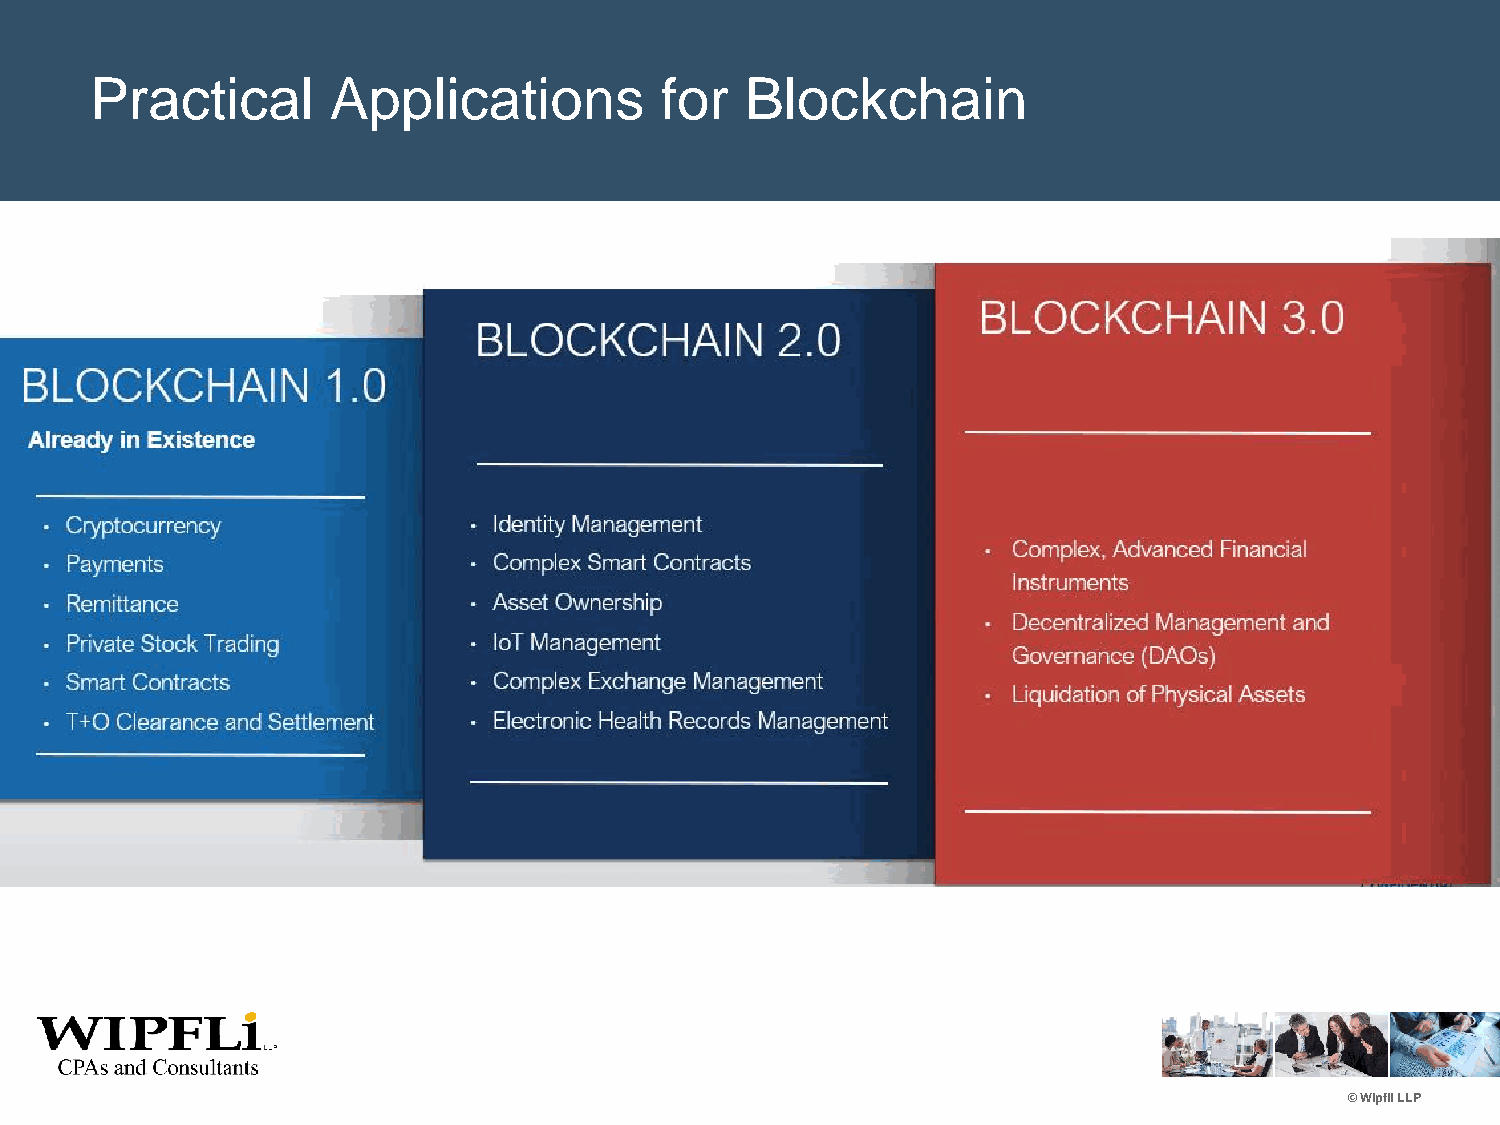
Practical       Applications          for  Blockchain
 © Wipfli LLP